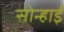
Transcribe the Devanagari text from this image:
सोन्हाई